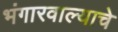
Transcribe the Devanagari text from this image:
भंगारवाल्याचे